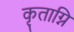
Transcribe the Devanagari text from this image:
कृताग्नि